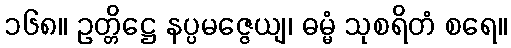
၁၆၈။ ဥတ္တိဋ္ဌေ နပ္ပမဇ္ဇေယျ၊ ဓမ္မံ သုစရိတံ စရေ။